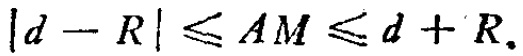
\(|d - R| \leq AM \leq d + R.\)